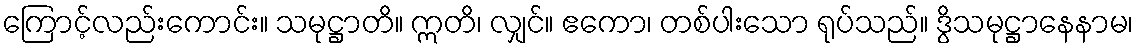
ကြောင့်လည်းကောင်း။ သမုဋ္ဌာတိ။ ဣတိ၊ လျှင်။ ဧကော၊ တစ်ပါးသော ရုပ်သည်။ ဒွိသမုဋ္ဌာနေနာမ၊